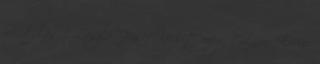
Mikulás 1 László József Kicsit még 1 Lázár Ervin: